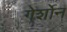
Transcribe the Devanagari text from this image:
गेर्शोन